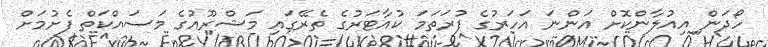
ހޯދަން އިއުލާންކޮށް އަންނަ އަހަރުގެ ފުރަތަމަ ކުއާޓަރުގެ ތެރޭގައި މަޝްރޫއުގެ މަސައްކަތް ފެށުމަށް